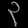
Digit: ၃